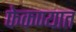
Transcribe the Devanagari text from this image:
फेकण्यात